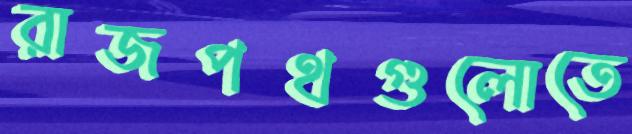
রাজপথগুলোতে